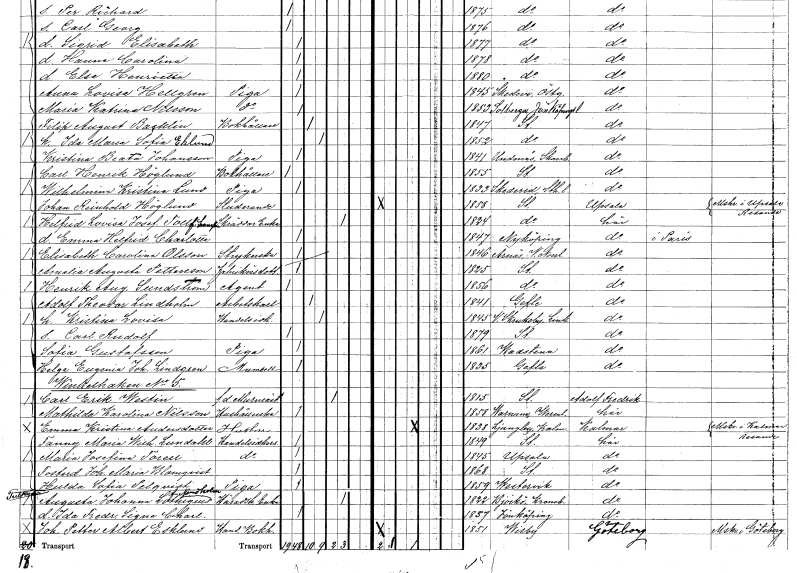
gt_parse: households: individuals: FN: Johan Reinhold
EN: Höglund
YRKE: Studerande
KON: M
CIV: O
FODAR: 1858
FODFORS: Stockholm
FN: Helfrid Lovisa Josefina
EN: Toll Svensson
YRKE: Skräddareänka
KON: K
CIV: E
FODAR: 1824
FODFORS: Stockholm
FN: Emma Helfrid Charlotta
KON: K
CIV: O
FODAR: 1847
FODFORS: Nyköping Södermanlands län
FN: Elisabeth Carolina
EN: Olsson
YRKE: Strykerska
KON: K
CIV: O
FODAR: 1846
FODFORS: Arnäs Västernorrlands län
FN: Amalia Augusta
EN: Pettersson
YRKE: Fabrikörsdotter
KON: K
CIV: O
FODAR: 1825
FODFORS: Stockholm
FN: Henrik August
EN: Sundström
YRKE: Agent
KON: M
CIV: O
FODAR: 1856
FODFORS: Stockholm
FN: Adolf Theodor
EN: Lindholm
YRKE: Arbetskarl
KON: M
CIV: G
FODAR: 1841
FODFORS: Gävle Gävleborgs län
FN: Kristina Lovisa
YRKE: Handelsidkare
KON: K
CIV: G
FODAR: 1845
FODFORS: Västra Skrukeby Östergötlands län
FN: Carl Rudolf
KON: M
CIV: O
FODAR: 1879
FODFORS: Stockholm
FN: Sofia
EN: Gustafsson
YRKE: Piga
KON: K
CIV: O
FODAR: 1861
FODFORS: Vadstena Östergötlands län
FN: Helga Eugenia Johanna
EN: Lindgren
KON: K
CIV: O
FODAR: 1835
FODFORS: Gävle Gävleborgs län
FN: Carl Erik
EN: Westin
YRKE: Murmästare f.d.
KON: M
CIV: E
FODAR: 1815
FODFORS: Stockholm
FN: Mathilda Karolina
EN: Nilsson
YRKE: Hushållerska
KON: K
CIV: O
FODAR: 1858
FODFORS: Varnum Värmlands län
FN: Emma Kristina
EN: Andersdotter
YRKE: Hustru
KON: K
CIV: G
FODAR: 1838
FODFORS: Ljungby Kalmar län
FN: Fanny Maria Wilhelmina
EN: Lundahl
YRKE: Handelsidkare
KON: K
CIV: O
FODAR: 1849
FODFORS: Stockholm
FN: Maria Josefina
EN: Torell
YRKE: Handelsidkare
KON: K
CIV: O
FODAR: 1845
FODFORS: Uppsala Uppsala län
FN: Johanna Maria
EN: Blomqvist
KON: K
CIV: O
FODAR: 1868
FODFORS: Stockholm
FN: Hulda Sofia
EN: Pilqvist
YRKE: Piga
KON: K
CIV: O
FODAR: 1859
FODFORS: Västervik Kalmar län
FN: Augusta Johanna
EN: Lothigius Nordholm
YRKE: Häradsh.änka
KON: K
CIV: E
FODAR: 1822
FODFORS: Björkö Jönköpings län
FN: Ida Fredrika Signe Charlotta
KON: K
CIV: O
FODAR: 1857
FODFORS: Jönköping Jönköpings län
FN: Johan Petter Albert
EN: Esklund
YRKE: Handelsbokhållare
KON: M
CIV: O
FODAR: 1851
FODFORS: Visby Gotlands län